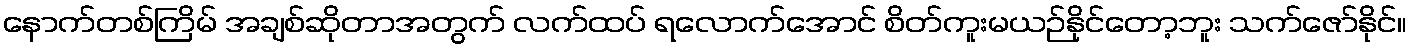
နောက်တစ်ကြိမ် အချစ်ဆိုတာအတွက် လက်ထပ် ရလောက်အောင် စိတ်ကူးမယဉ်နိုင်တော့ဘူး သက်ဇော်နိုင်။